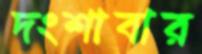
দংশাবার